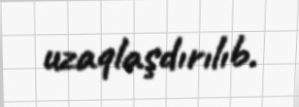
uzaqlaşdırılıb.